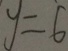
y = 6